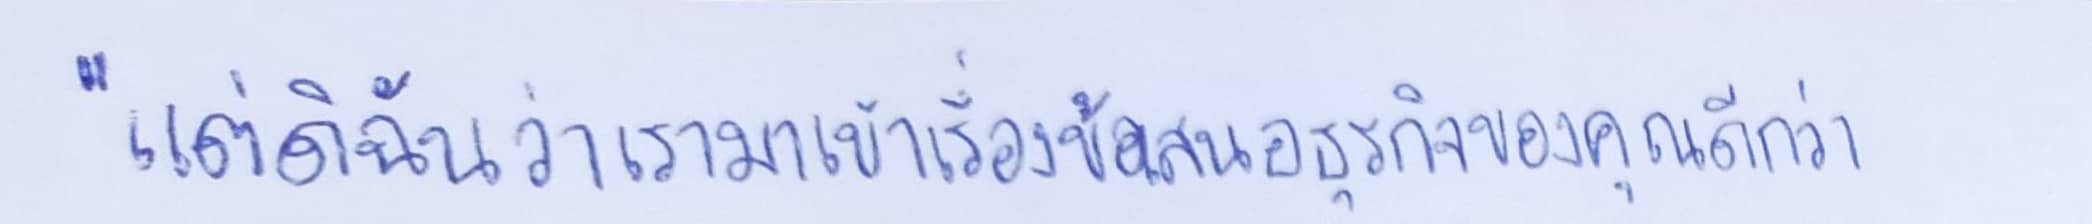
"แต่ดิฉันว่าเรามาเข้าเรื่องข้อเสนอธุรกิจของคุณดีกว่า